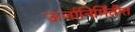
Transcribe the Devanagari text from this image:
ऊर्जानिर्मितीत